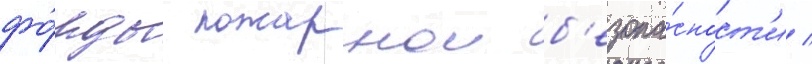
фо́нды пожарнои б'езопа́сност'и /